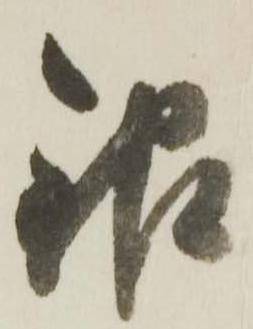
銀